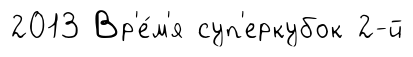
2013 Вр'е́м'я суп'еркубок 2-й